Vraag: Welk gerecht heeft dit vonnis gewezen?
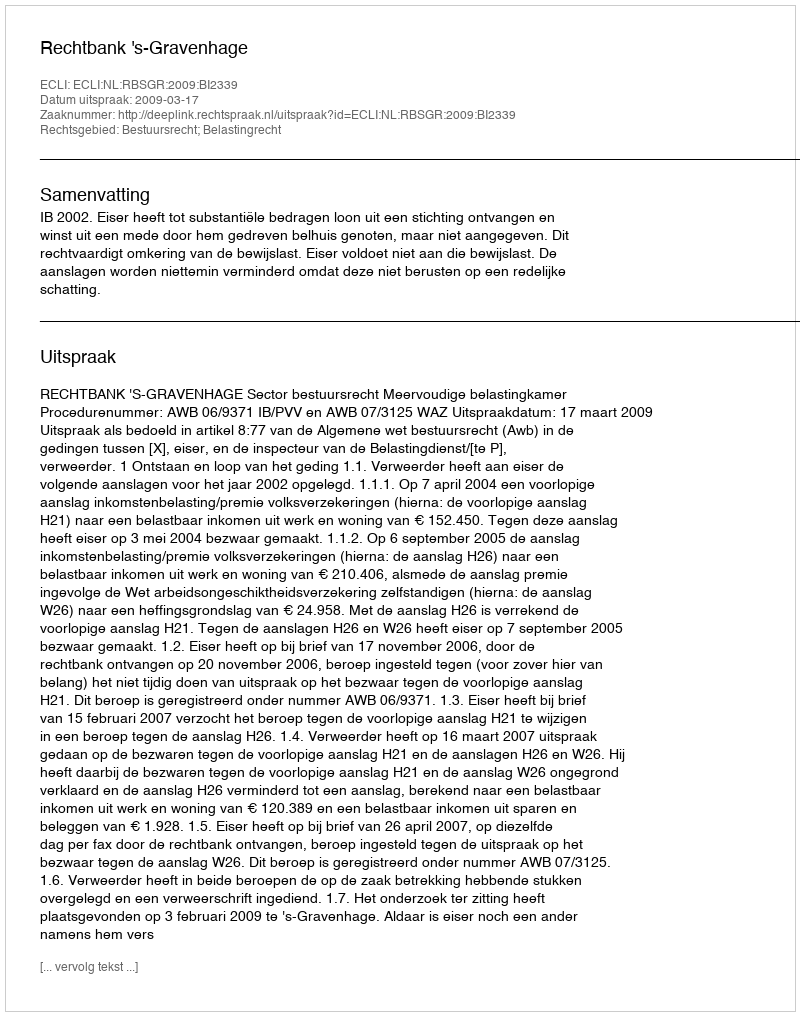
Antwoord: Rechtbank 's-Gravenhage